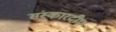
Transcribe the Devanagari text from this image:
संस्कारदीप